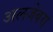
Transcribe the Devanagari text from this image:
अलजेबरा